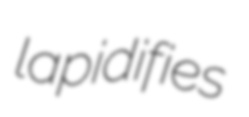
lapidifies